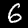
Label: 6